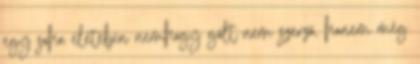
egy soha életében nemhogy gólt nem szerző, hanem még